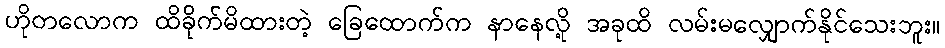
ဟိုတလောက ထိခိုက်မိထားတဲ့ ခြေထောက်က နာနေလို့ အခုထိ လမ်းမလျှောက်နိုင်သေးဘူး။